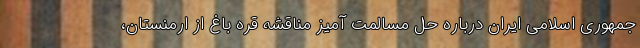
جمهوری اسلامی ایران درباره حل مسالمت آمیز مناقشه قره باغ از ارمنستان،